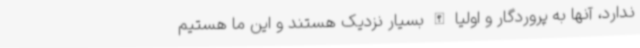
ندارد، آنها به پروردگار و اولیا الله بسیار نزدیک هستند و این ما هستیم